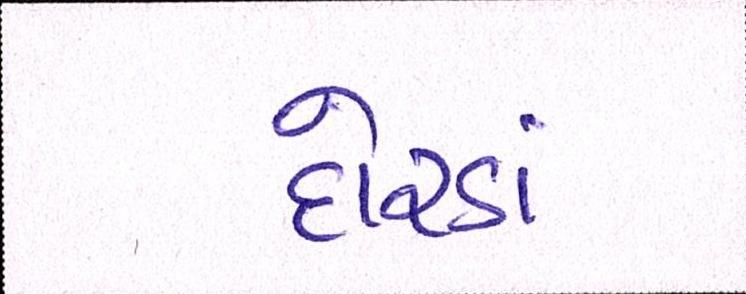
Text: દોરડાં